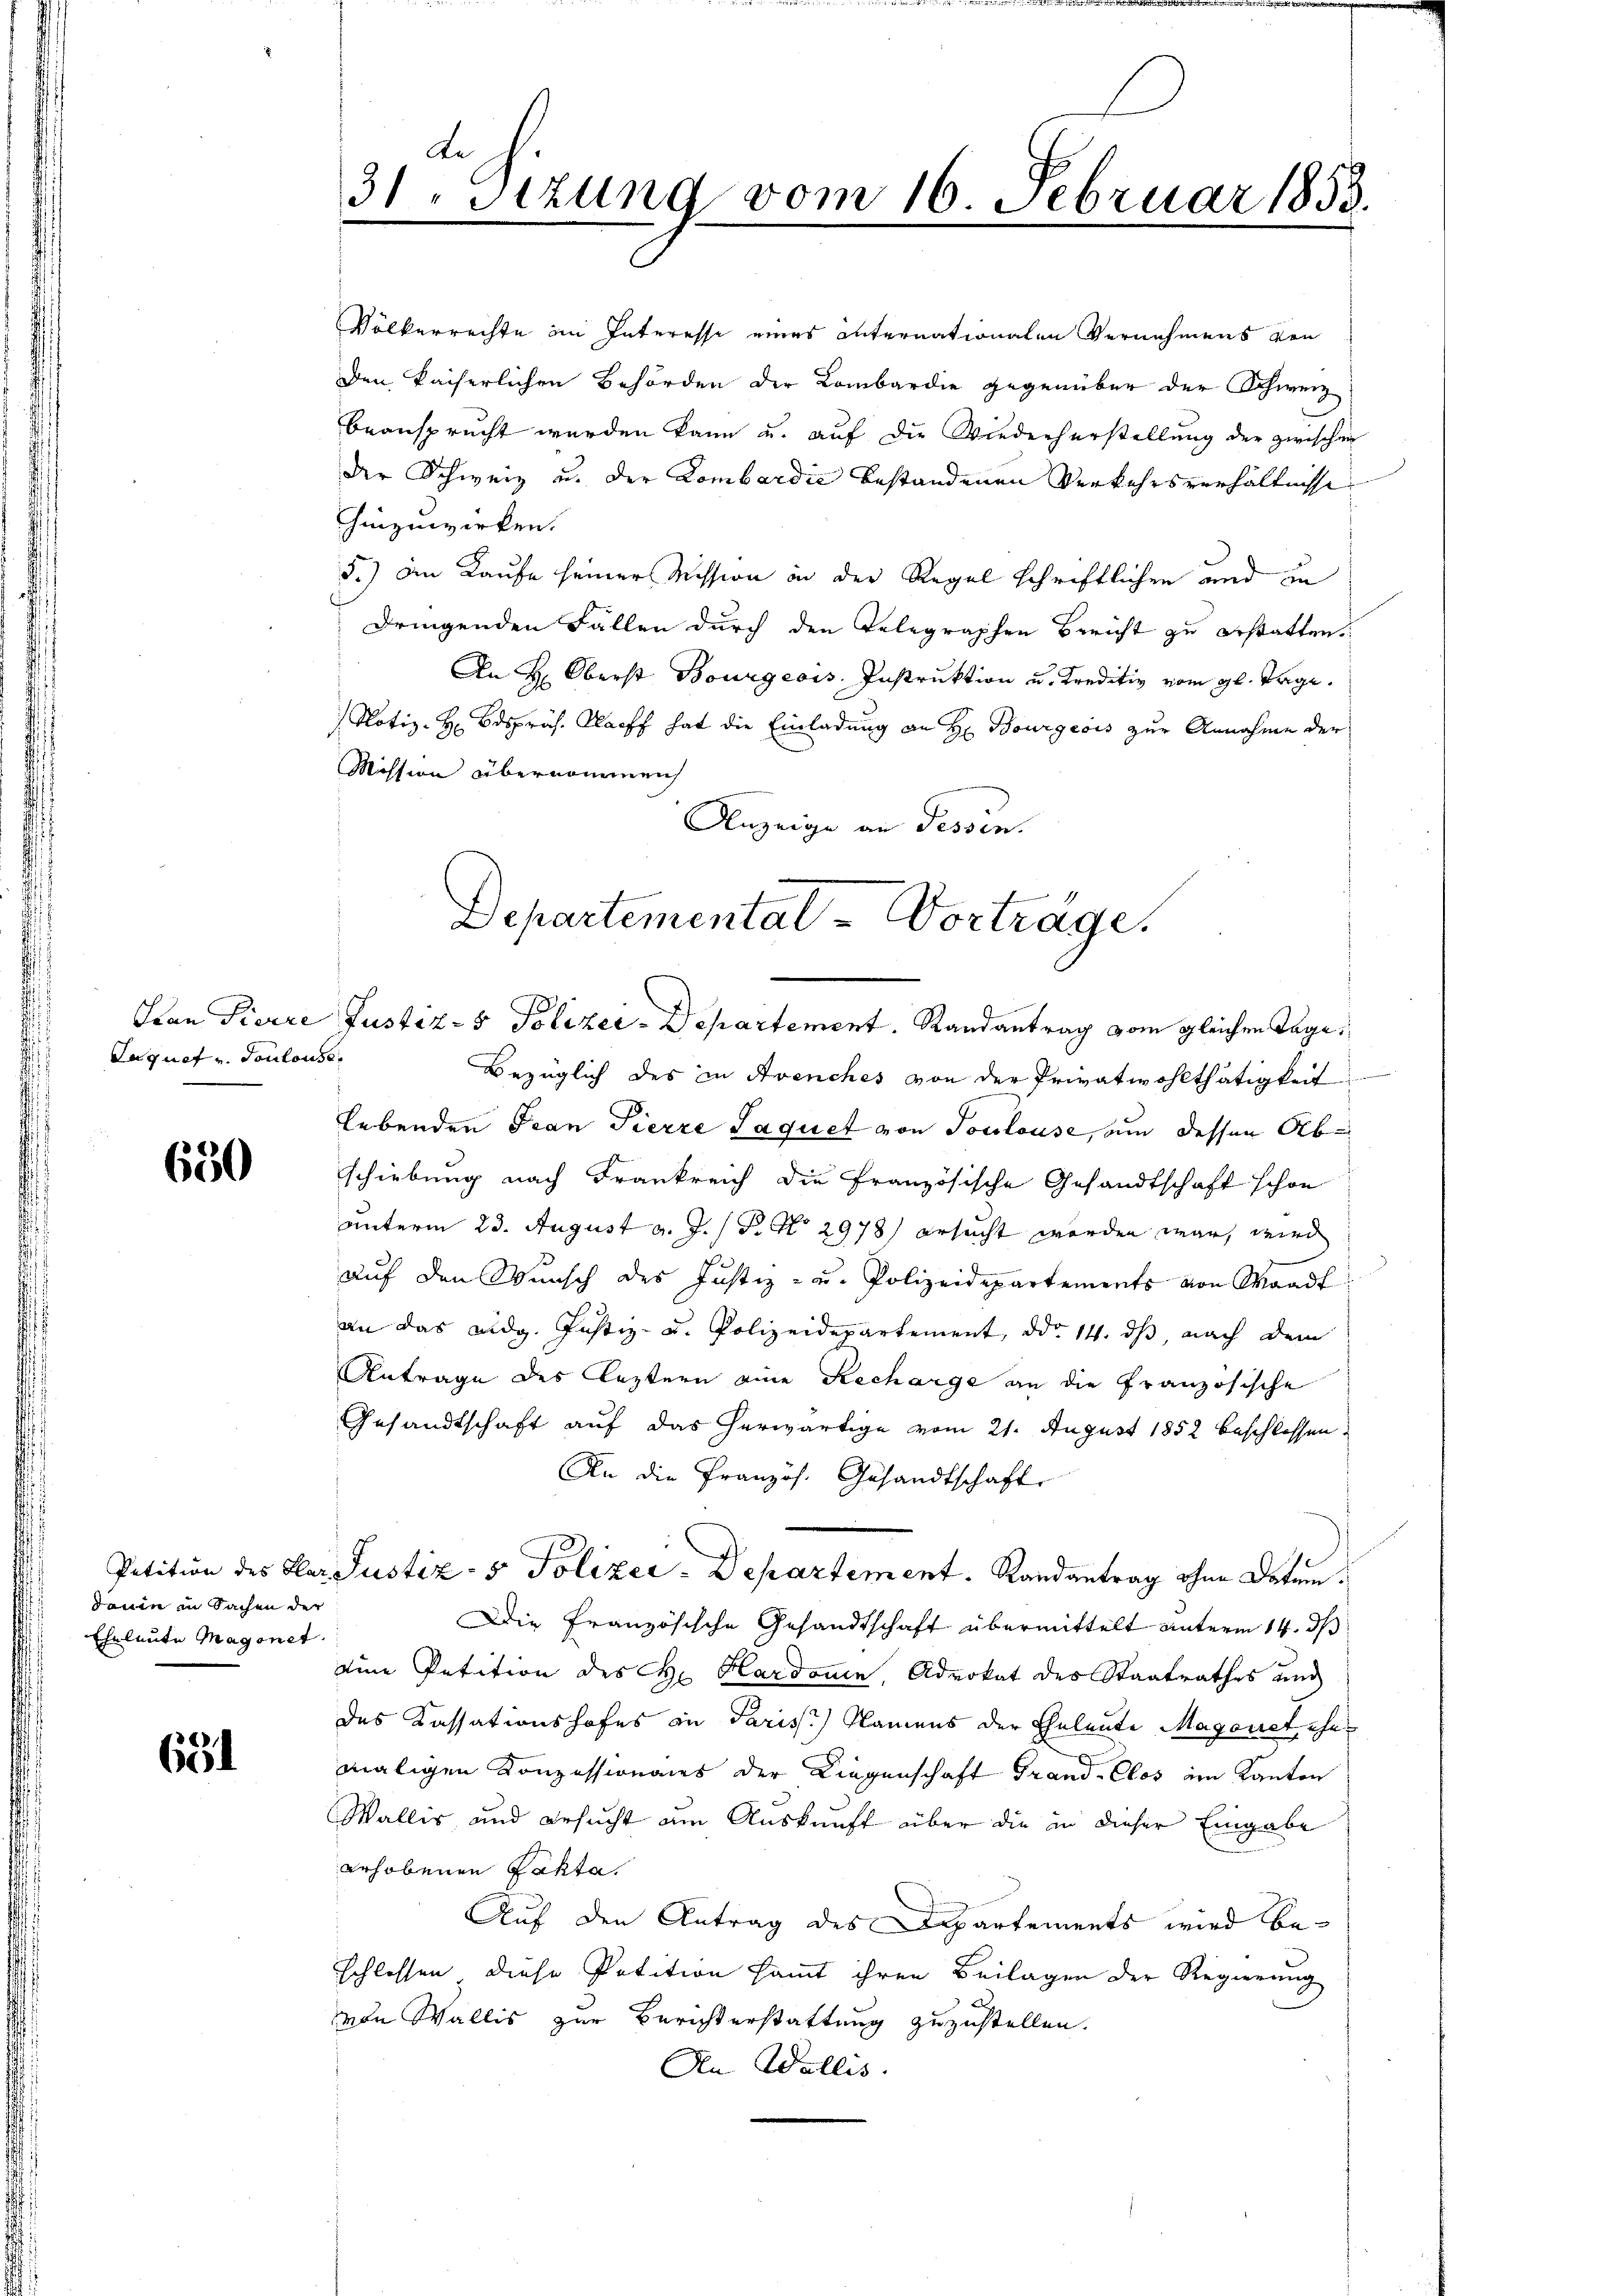
Lugnet u. Toulouse

650

dann in Sachen der
Eheleute Magonet.

651

Le
31 Stzung vom 16. Februar 1853.

Völkerrechte im Interesse eines Internationalen Vernehmens von
den kaiserlichen Behörden der Lombardie gegenüber der Schweiz
beansprucht werden kann u. auf die Wiederherstellung der zwischen
der Schweiz u. der Lombardić bestandenen Verkehrsverhältnisse
hinzuwirken.
5.) An Kaufe seiner Mission in der Regel schriftlichen und zu
dringenden Fallen durch den Telegraphen Bericht zu erstatten
An H. Oberst Bourgeois Instruktion u. Kreditiv vom gl. Tage.
Notiz-H Bdspräs. Harff hat die Einladung an H. Bourgeois zur Annahme der
Mission übernommen
Anzeige an Tessin.
Bezüglich des in Avenches von der Privatwohlthätigkeit
lebenden Jean Pierre Paquet von Toulouse, um dessen Abschiebung nach Frankreich die französische Gesandtschaft schon
unterm 23. August v. J. P. No 2978 ersucht worden war, wird
auf den Wunsch des Justiz- u. Polizeidepartements von Waadt
an das eidg. Justiz- u. Polizeidepartement, ddo 14. ds, nach dem
Antrage des leztern eine Recharge an die Französische
Gesandtschaft auf das herwärtige vom 21. August 1852 beschlossen,
An die Französ. Gesandtschaft
Petition des Klar Justiz- & Polizer-Departement. Randantrag ohne Datum.
Die Französische Gesandtschaft übermittelt unterm 14. ds
eine Petition des H. Hardonn, Advokat des Staatsrathes und
des Kassationshofes in Pariss.) Namens der Eheleute Magonet, ehemaligen Konzessionaues der Liegenschaft Grand-Clos im Kanton
Wallis, und ersucht am Auskunft über die in dieser Eingabe
erhobenen Fakta.
Auf den Antrag des Departements wird beschlossen, diese Petition sammt ihren Beilagen der Regierung
von Wallis zur Berichterstattung zuzustellen.
An Wallis.

Departementat Vorträge.
Han Pierre Justiz- & Polizei-Departement. Randantrag vom gleichen Tage,